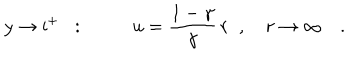
LaTeX: y \to \mathrm { i } ^ { + } \; \; : \; \; \qquad u = \frac { 1 - \gamma } { \gamma } \, r \; \; , \quad r \to \infty \quad .